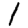
Digit: 1